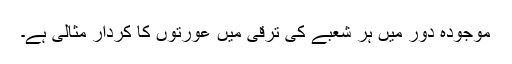
موجودہ دور میں ہر شعبے کی ترقی میں عورتوں کا کردار مثالی ہے۔